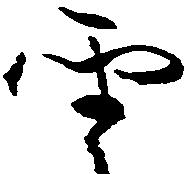
雲